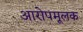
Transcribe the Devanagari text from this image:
आरोपमूलक